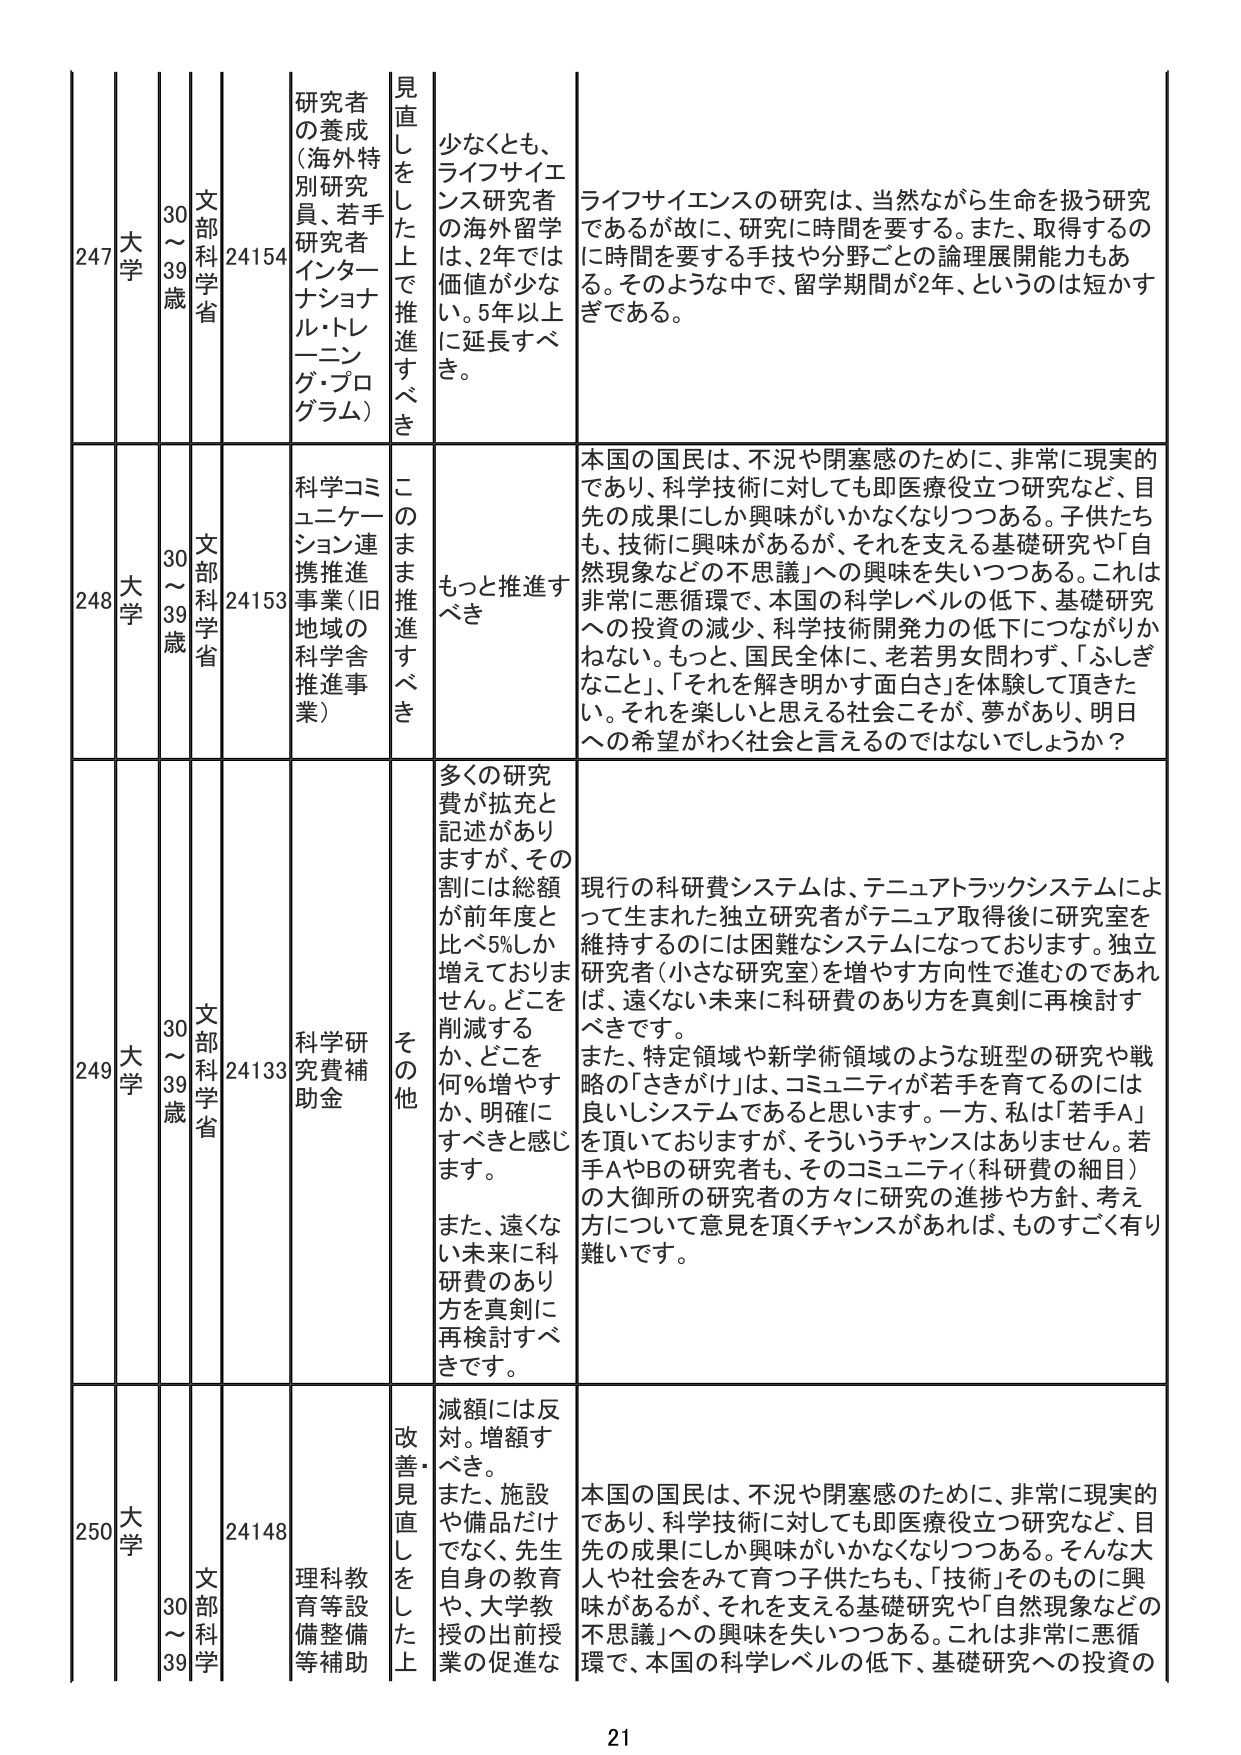
247 大学 30～39歳 文部科学省 24154 研究者の養成（海外特別研究員、若手研究者インタナショナル・トレーニング・プログラム） 見直しをした上で推進すべき 少なくとも、ライフサイエンス研究者の海外留学は、2年では価値が少ない。5年以上に延長すべき。 ライフサイエンスの研究は、当然ながら生命を扱う研究であるが故に、研究に時間を要する。また、取得するのに時間を要する手技や分野ごとの論理展開能力もある。そのような中で、留学期間が2年、というのは短かすぎである。

248 大学 30～39歳 文部科学省 24153 科学コミュニケーション連携推進事業（旧地域の科学舎推進事業） このまま推進すべき もっと推進すべき 本国の国民は、不況や閉塞感のために、非常に現実的であり、科学技術に対しても即医療役立つ研究など、目先の成果にしか興味がいかなくなりつつある。子供たちも、技術に興味があるが、それを支える基礎研究や「自然現象などの不思議」への興味を失いつつある。これは非常に悪循環で、本国の科学レベルの低下、基礎研究への投資の減少、科学技術開発力の低下につながりかねない。もっと、国民全体に、老若男女問わず、「ふしぎなこと」、「それを解き明かす面白さ」を体験して頂きたい。それを楽しいと思える社会こそが、夢があり、明日への希望がわく社会と言えるのではないでしょうか？

249 大学 30～39歳 文部科学省 24133 科学研究費補助金 その他 多くの研究費が拡充と記述がありますが、その割には総額が前年度と比べ5%しか増えておりません。どこを削減するか、どこを何％増やすか、明確にすべきと感じます。 また、遠くない未来に科研費のあり方を真剣に再検討すべきです。 現行の科研費システムは、テニュアトラックシステムによって生まれた独立研究者がテニュア取得後に研究室を維持するのには困難なシステムになっております。独立研究者（小さな研究室）を増やす方向性で進むのであれば、遠くない未来に科研費のあり方を真剣に再検討すべきです。 また、特定領域や新学術領域のような班型の研究や戦略的「さきがけ」は、コミュニティが若手を育てるのには良いシステムであると思います。一方、私は「若手A」を頂いておりますが、そういうチャンスはありません。若手AやBの研究者も、そのコミュニティ（科研費の細目）の大御所の研究者の方々に研究の進捗や方針、考え方について意見を頂くチャンスがあれば、ものすごく有り難いです。

250 大学 30～39歳 文部科学省 24148 理科教育等設備整備等補助 改善・見直しをした上 減額には反対。増額すべき。 また、施設や備品だけでなく、先生自身の教育や、大学教授の出前授業の促進な 本国の国民は、不況や閉塞感のために、非常に現実的であり、科学技術に対しても即医療役立つ研究など、目先の成果にしか興味がいかなくなりつつある。そんな大人や社会を見て育つ子供たちも、「技術」そのものに興味があるが、それを支える基礎研究や「自然現象などの不思議」への興味を失いつつある。これは非常に悪循環で、本国の科学レベルの低下、基礎研究への投資の

21